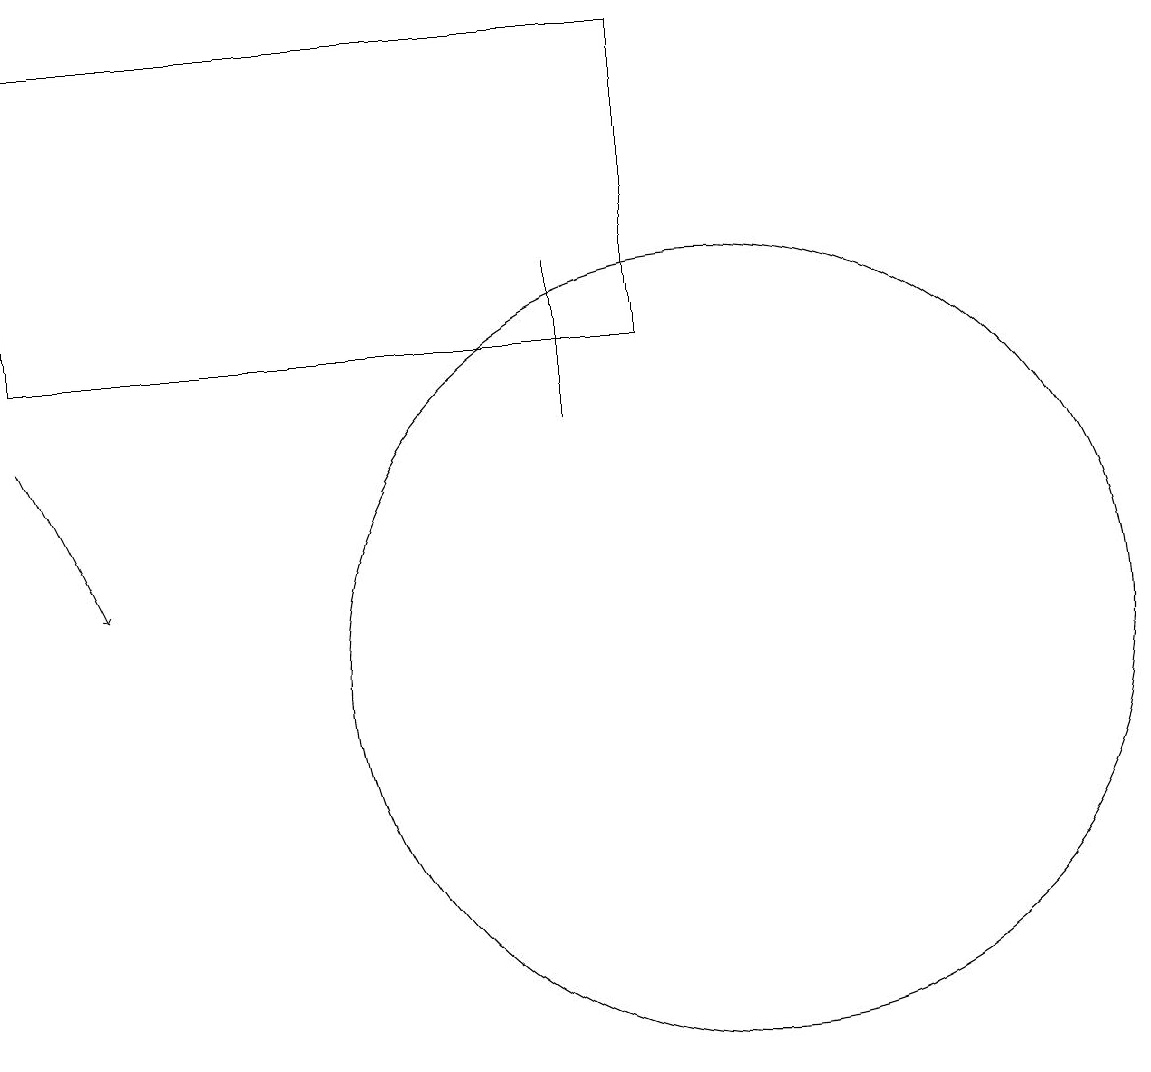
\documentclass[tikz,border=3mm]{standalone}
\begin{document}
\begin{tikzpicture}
\draw (10,11) circle (5);
\draw (1,15) rectangle (9,19);
\draw (8,14) rectangle (8,16);
\draw[->] (1,14) -- (2,12);
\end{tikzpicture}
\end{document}